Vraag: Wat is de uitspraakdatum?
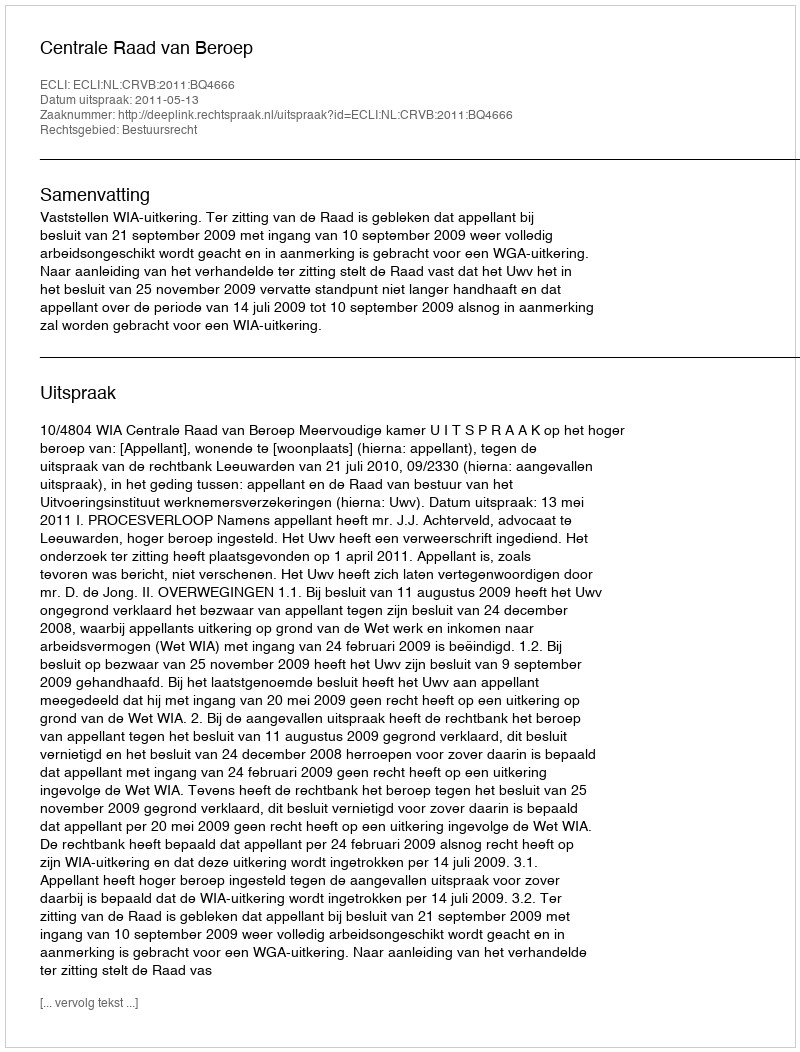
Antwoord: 2011-05-13